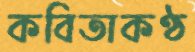
কবিতাকণ্ঠ